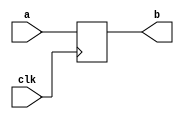
`timescale 1ns / 1ps
//////////////////////////////////////////////////////////////////////////////////
// Company: 
// Engineer: 
// 
// Design Name: 
// Module Name: test
// Project Name: 
// Target Devices: 
// Tool Versions: 
// Description: 
// 
// Dependencies: 
// 
// Revision:
// Revision 0.01 - File Created
// Additional Comments:
// 
//////////////////////////////////////////////////////////////////////////////////


module top (input wire a,
            input wire clk,
            output reg b);

    always @(posedge clk)
    begin
		b <= a;
    end

endmodule